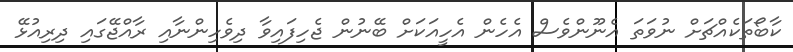
ކާބޯތަކެއްޗަށް ނުވަތަ އެނޫންވެސް އެހެން އެހީއަކަށް ބޭނުން ޖެހިފައިވާ ދިވެހިންނާއި ރާއްޖޭގައި ދިރިއުޅޭ